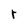
Character: r